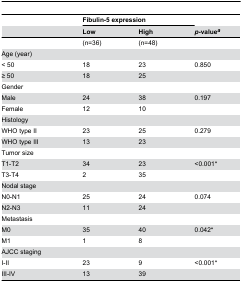
<table><thead><tr><td></td><td colspan="2"><b>Fibulin-5 expression</b></td><td></td></tr><tr><td></td><td><b>Low</b></td><td><b>High</b></td><td><b><i>p</i>-value<sup><i>a</i></sup></b></td></tr></thead><tbody><tr><td></td><td>(n=36)</td><td>(n=48)</td><td></td></tr><tr><td>Age (year)</td><td></td><td></td><td></td></tr><tr><td>&lt; 50</td><td>18</td><td>23</td><td>0.850</td></tr><tr><td>≥ 50</td><td>18</td><td>25</td><td></td></tr><tr><td>Gender</td><td></td><td></td><td></td></tr><tr><td>Male</td><td>24</td><td>38</td><td>0.197</td></tr><tr><td>Female</td><td>12</td><td>10</td><td></td></tr><tr><td>Histology</td><td></td><td></td><td></td></tr><tr><td>WHO type II</td><td>23</td><td>25</td><td>0.279</td></tr><tr><td>WHO type III</td><td>13</td><td>23</td><td></td></tr><tr><td>Tumor size</td><td></td><td></td><td></td></tr><tr><td>T1-T2</td><td>34</td><td>23</td><td>&lt;0.001*</td></tr><tr><td>T3-T4</td><td>2</td><td>35</td><td></td></tr><tr><td>Nodal stage</td><td></td><td></td><td></td></tr><tr><td>N0-N1</td><td>25</td><td>24</td><td>0.074</td></tr><tr><td>N2-N3</td><td>11</td><td>24</td><td></td></tr><tr><td>Metastasis</td><td></td><td></td><td></td></tr><tr><td>M0</td><td>35</td><td>40</td><td>0.042*</td></tr><tr><td>M1</td><td>1</td><td>8</td><td></td></tr><tr><td>AJCC staging</td><td></td><td></td><td></td></tr><tr><td>I-II</td><td>23</td><td>9</td><td>&lt;0.001*</td></tr><tr><td>III-IV</td><td>13</td><td>39</td><td></td></tr></tbody></table>